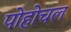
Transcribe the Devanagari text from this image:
पोहोचल